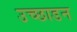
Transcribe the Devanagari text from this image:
उच्छाडन